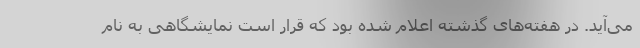
می‌آید. در هفته‌های گذشته اعلام شده بود که قرار است نمایشگاهی به نام